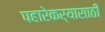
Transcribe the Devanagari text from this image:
पहारेकर्‍यासाठी